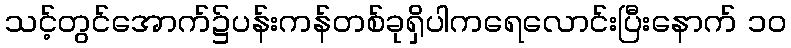
သင့်တွင်အောက်၌ပန်းကန်တစ်ခုရှိပါကရေလောင်းပြီးနောက် ၁၀